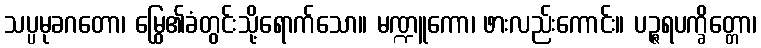
သပ္ပမုခဂတော၊ မြွေ၏ခံတွင်းသို့ရောက်သော။ မဏ္ဍူကော၊ ဖားလည်းကောင်း။ ပဉ္ဇရပက္ခိတ္တော၊